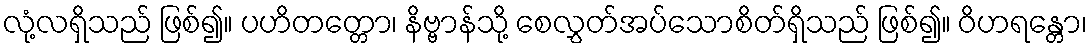
လုံ့လရှိသည် ဖြစ်၍။ ပဟိတတ္တော၊ နိဗ္ဗာန်သို့ စေလွှတ်အပ်သောစိတ်ရှိသည် ဖြစ်၍။ ဝိဟရန္တော၊